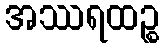
အဿရထဉ္စ